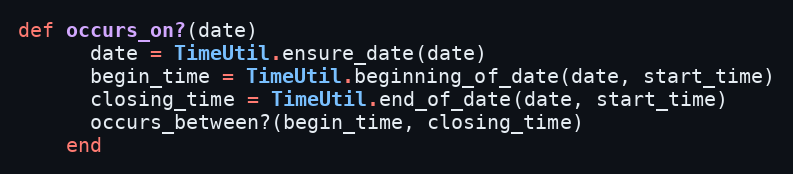
Language: Ruby
def occurs_on?(date)
      date = TimeUtil.ensure_date(date)
      begin_time = TimeUtil.beginning_of_date(date, start_time)
      closing_time = TimeUtil.end_of_date(date, start_time)
      occurs_between?(begin_time, closing_time)
    end